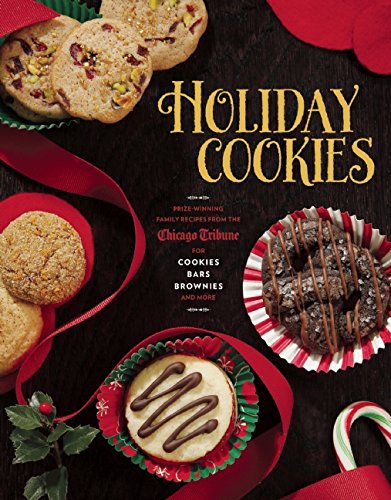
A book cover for Holiday Cookies: Prize-Winning Family Recipes from the Chicago Tribune for Cookies, Bars, Brownies and More; Chicago Tribune Staff; Cookbooks, Food & Wine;